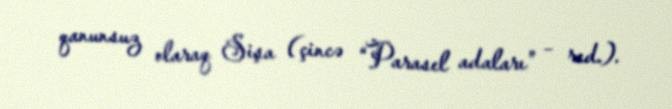
qanunsuz olaraq Sişa (çincə “Parasel adaları” – red.).